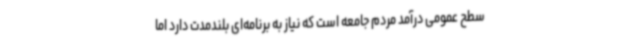
سطح عمومی درآمد مردم جامعه است که نیاز به برنامه‌ای بلندمدت دارد اما